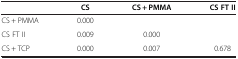
|  | CS | CS + PMMA | CS FT II |
 | --- | --- | --- | --- |
 | CS + PMMA | 0.000 |  |  |
 | CS FT II | 0.009 | 0.000 |  |
 | CS + TCP | 0.000 | 0.007 | 0.678 |